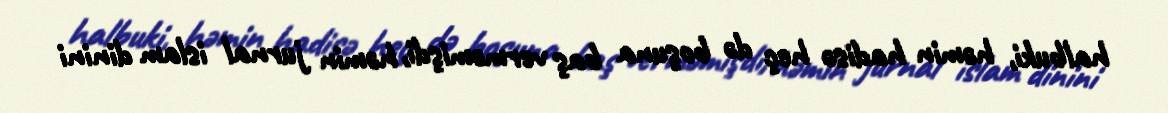
halbuki, həmin hadisə heç də boşuna baş verməmişdi, həmin jurnal islam dinini